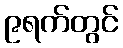
၉ရက်တွင်